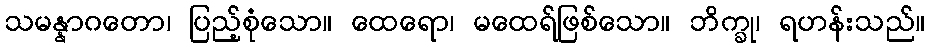
သမန္နာဂတော၊ ပြည့်စုံသော။ ထေရော၊ မထေရ်ဖြစ်သော။ ဘိက္ခု၊ ရဟန်းသည်။